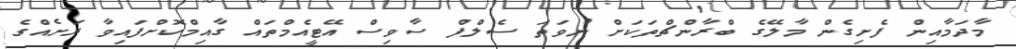
މާދަމާއިން ފެށިގެން މާލޭގެ ބްރާންޗްތަކަށް ނުވަތަ ސެލްފް ސާވިސް އޭޓީއެމްތައް ގާއިމްކޮށްފައިވާ ރަށެއްގެ